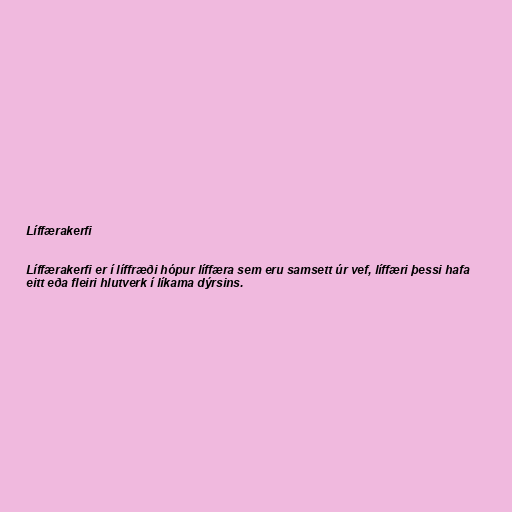
Líffærakerfi

Líffærakerfi er í líffræði hópur líffæra sem eru samsett úr vef, líffæri þessi hafa
eitt eða fleiri hlutverk í líkama dýrsins.